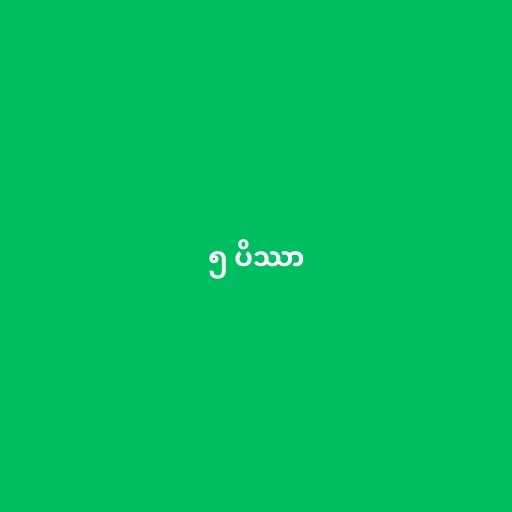
၅ ပိဿာ